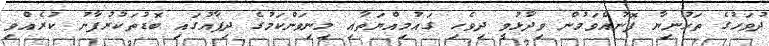
ދުވަހުގެ ތަހުނިޔާ ފޮނުއްވަމުން ވިދާޅުވީ ދިވެހި ގައުމިއްޔަތާއި މިނިވަންކަމުގެ ދިފާއުގައި ބޮޑުތަކުރުފާނު ކުރެއްވި